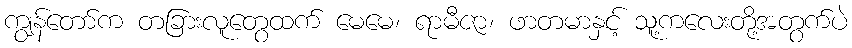
ကျွန်တော်က တခြားလူတွေထက် မေမေ၊ ရာမီဇာ၊ ဖာတမာနှင့် သူ့ကလေးတို့အတွက်ပဲ